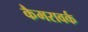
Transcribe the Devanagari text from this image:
कैमरावर्क